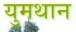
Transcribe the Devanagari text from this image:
युमथान